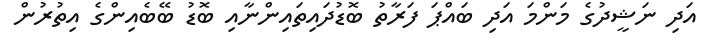
އަދި ނަޝީދުގެ މަންމަ އަދި ބައްޕަ ފަރާތު ބޮޑުދައިތައިންނާއި ބޮޑު ބޭބެއިންގެ އިތުރުން